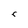
Character: r